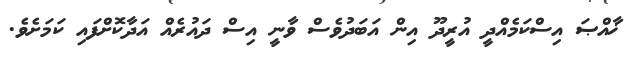
ޚާއްޞަ އިސްކަމެއްދީ އުރީދޫ އިން އަބަދުވެސް ވާނީ އިސް ދައުރެއް އަދާކޮށްފައި ކަމަށެވެ.